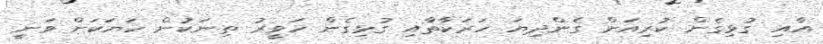
އާއި ގުޅިގެން ކުރިއަށް ގެންދިޔަ ހަރަކާތާއި ގުޅިގެން ހަވީރު ތިނަކުން ހަޔަކަށް ވަނީ